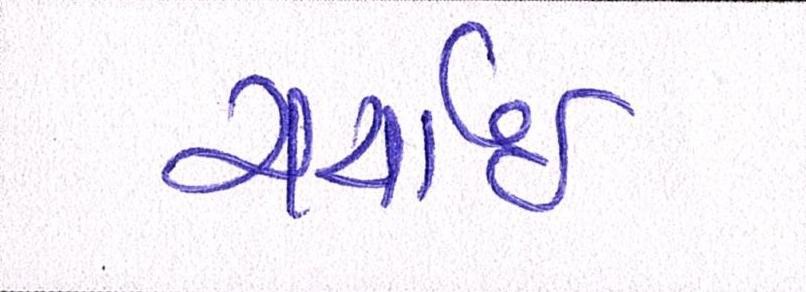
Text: ચર્ચાઇ